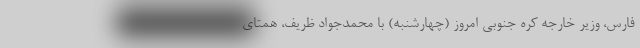
فارس، وزیر خارجه کره جنوبی امروز (چهارشنبه) با محمدجواد ظریف، همتای